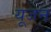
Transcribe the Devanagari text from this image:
यूजन